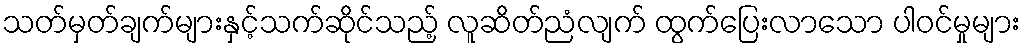
သတ်မှတ်ချက်များနှင့်သက်ဆိုင်သည့် လူဆိတ်ညံလျက် ထွက်ပြေးလာသော ပါဝင်မှုများ